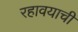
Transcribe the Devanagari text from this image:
रहावयाची